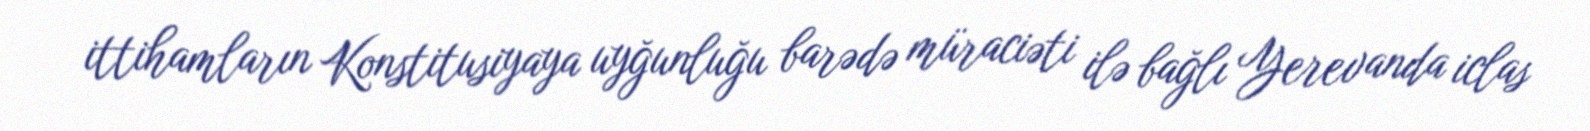
ittihamların Konstitusiyaya uyğunluğu barədə müraciəti ilə bağlı Yerevanda iclas